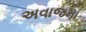
અવાજમા